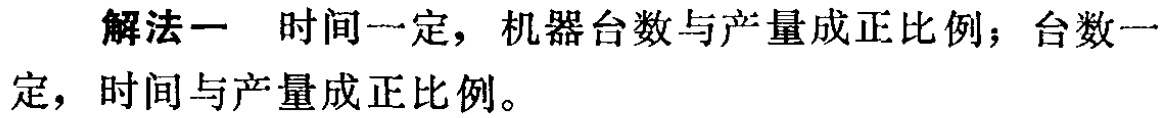
解法一 时间一定，机器台数与产量成正比例；台数一定，时间与产量成正比例。